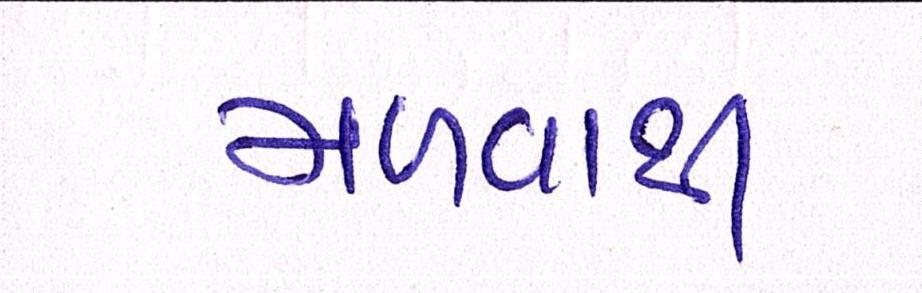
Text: મળવાથી